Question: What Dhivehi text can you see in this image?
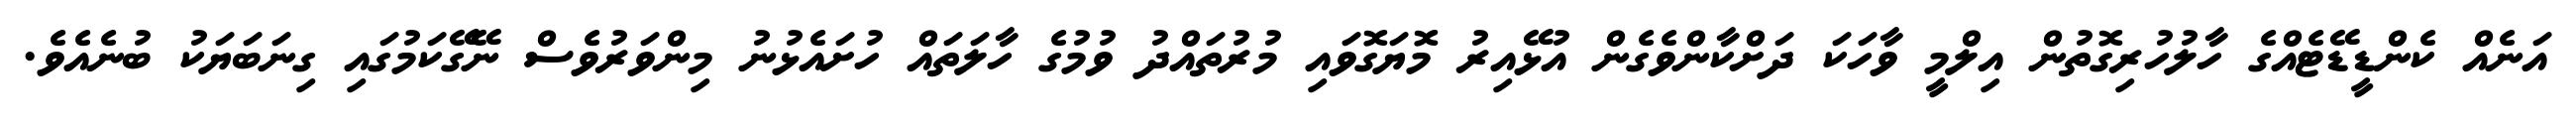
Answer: އަނެއް ކެންޑީޑޭޓެއްގެ ހާލުހުރިގޮތުން އިލްމީ ވާހަކަ ދަށްކާންވެގެން އުޅޭއިރު މޮޔަގޮވައި މުރުތައްދު ވުމުގެ ހާލަތައް ހުށައެޅުނު މިންވަރުވެސް ނޭގޭކަމުގައި ގިނަބަޔަކު ބުނެއެވެ.